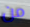
من